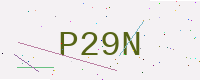
Text: P29N